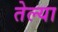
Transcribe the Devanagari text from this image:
तेल्या